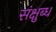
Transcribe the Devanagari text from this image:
संक्षुब्ध